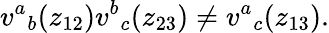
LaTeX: v^{a}{}_{b}(z_{12})v^{b}{}_{c}(z_{23})\neq v^{a}{}_{c}(z_{13}).